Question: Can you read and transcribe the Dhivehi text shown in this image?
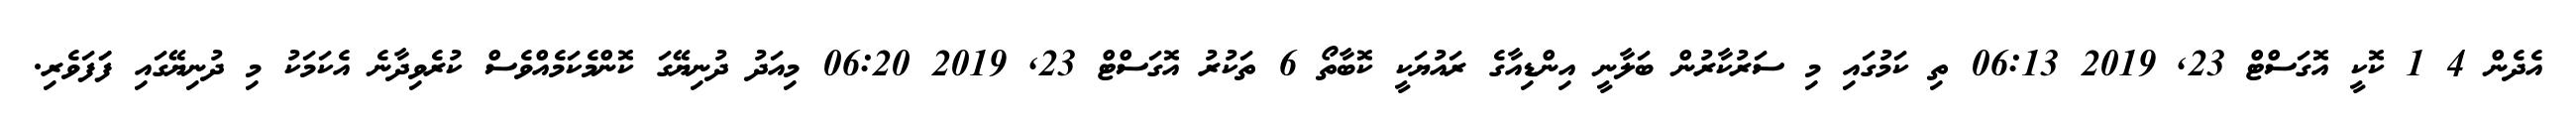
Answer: އެދެން 4 1 ކޮކީ އޮގަސްޓް 23, 2019 06:13 ތި ކަމުގައި މި ސަރުކާރުން ބަލާނީ އިންޑިއާގެ ރައުޔަކީ ކޮބާތޯ 6 ތަކުރު އޮގަސްޓް 23, 2019 06:20 މިއަދު ދުނިޔޭގަ ކޮންމެކަމެއްވެސް ކުރެވިދާނެ އެކަމަކު މި ދުނިޔޭގައި ފަަފަވެރި.